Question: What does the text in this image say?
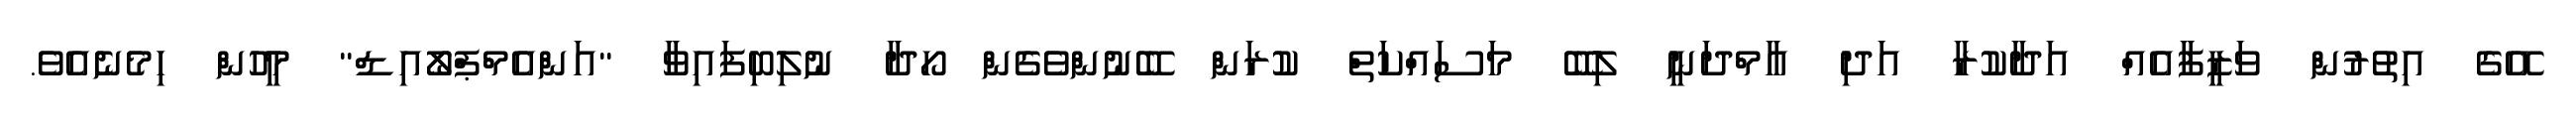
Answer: އޭގެ އިތުރުން ވަޒީފާއެއް އަދާކުރާ އަދި އާމްދަނީ ލިބޭ މަސައްކަތް ކުރަން ބޭނުންވެގެން ހޯދާ ނުލިބިފައިވާ "އަންއެމްޕްލޯއިޑް" މީހުން ހިމެނެއެވެ.